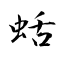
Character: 蛞